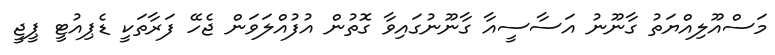
މަސްއޫލިއްޔަތު ގާނޫނު އަސާސީއާ ގާނޫނުގައިވާ ގޮތުން އުފުއްލަވަން ޖެހޭ ފަރާތަކީ ޑެޕިއުޓީ ޕީޖީ